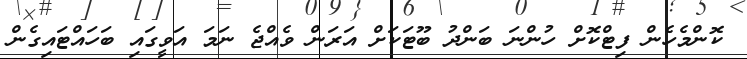
ކޮންމެހެން ފިޓްކޮށް ހުންނަ ބަންދު ބޫޓަކަށް އަރަން ވެއްޖެ ނަމަ އަވީގައި ބަހައްޓައިގެން